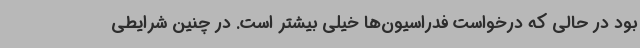
بود در حالی که درخواست فدراسیون‌ها خیلی بیشتر است. در چنین شرایطی